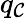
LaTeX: q_{\mathcal{C}}